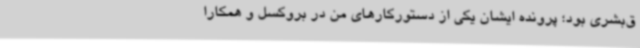
ق‌بشری بود؛ پرونده ایشان یکی از دستورکارهای من در بروکسل و همکارا